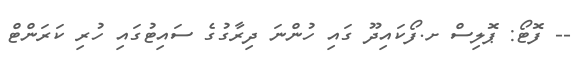
-- ފޮޓޯ: ޕޮލިސް ށ.ފޯކައިދޫ ގައި ހުންނަ ދިރާގުގެ ސައިޓުގައި ހުރި ކަރަންޓް